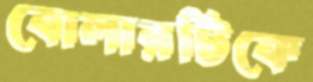
বোলারটিকে